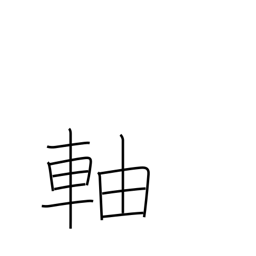
Meaning: stem